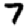
Digit: 7